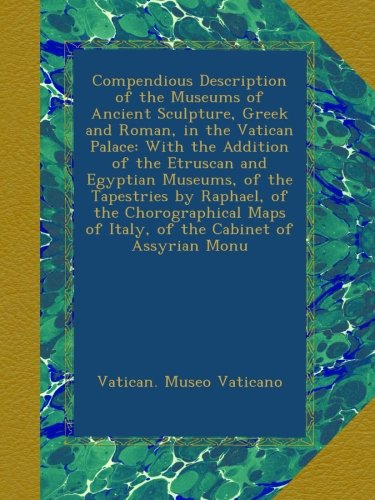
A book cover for Compendious Description of the Museums of Ancient Sculpture, Greek and Roman, in the Vatican Palace: With the Addition of the Etruscan and Egyptian ... of Italy, of the Cabinet of Assyrian Monu; Vatican. Museo Vaticano; Travel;